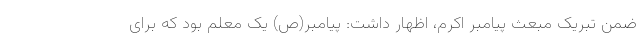
ضمن تبریک مبعث پیامبر اکرم، اظهار داشت: پیامبر(ص) یک معلم بود که براى